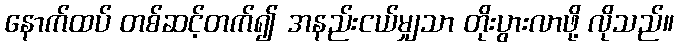
နောက်ထပ် တစ်ဆင့်တက်၍ အနည်းငယ်မျှသာ တိုးပွားလာဖို့ လိုသည်။